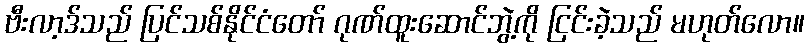
ဗီးလာ့ဒ်သည် ပြင်သစ်နိုင်ငံတော် ဂုဏ်ထူးဆောင်ဘွဲ့ကို ငြင်းခဲ့သည် မဟုတ်လော။